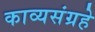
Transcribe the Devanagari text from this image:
काव्यसंग्रहे